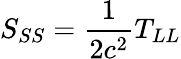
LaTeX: S_{SS}=\frac{1}{2c^{2}}T_{LL}